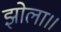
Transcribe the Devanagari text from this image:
झोला॥